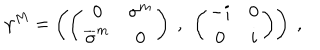
\gamma ^ { M } = \left( \left( \begin{matrix} { { 0 } } & { { \sigma ^ { m } } } \\ { { \overline { { { \sigma } } } ^ { m } } } & { { 0 } } \\ \end{matrix} \right) \ , \ \left( \begin{matrix} { { - i } } & { { 0 } } \\ { { 0 } } & { { i } } \\ \end{matrix} \right) \right) \ ,